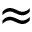
\approx